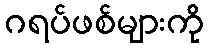
ဂရပ်ဖစ်များကို